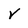
Character: V